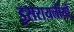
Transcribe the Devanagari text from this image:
इसरायलीयों